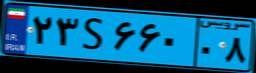
۲۳S۶۶۰۰۸